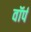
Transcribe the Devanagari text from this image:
वॉर्प